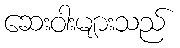
ဆေးဝါးများသည်